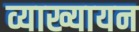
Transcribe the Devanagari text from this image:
व्याख्यायन